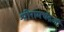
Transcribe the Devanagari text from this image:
श्रीरामचंद्रजी